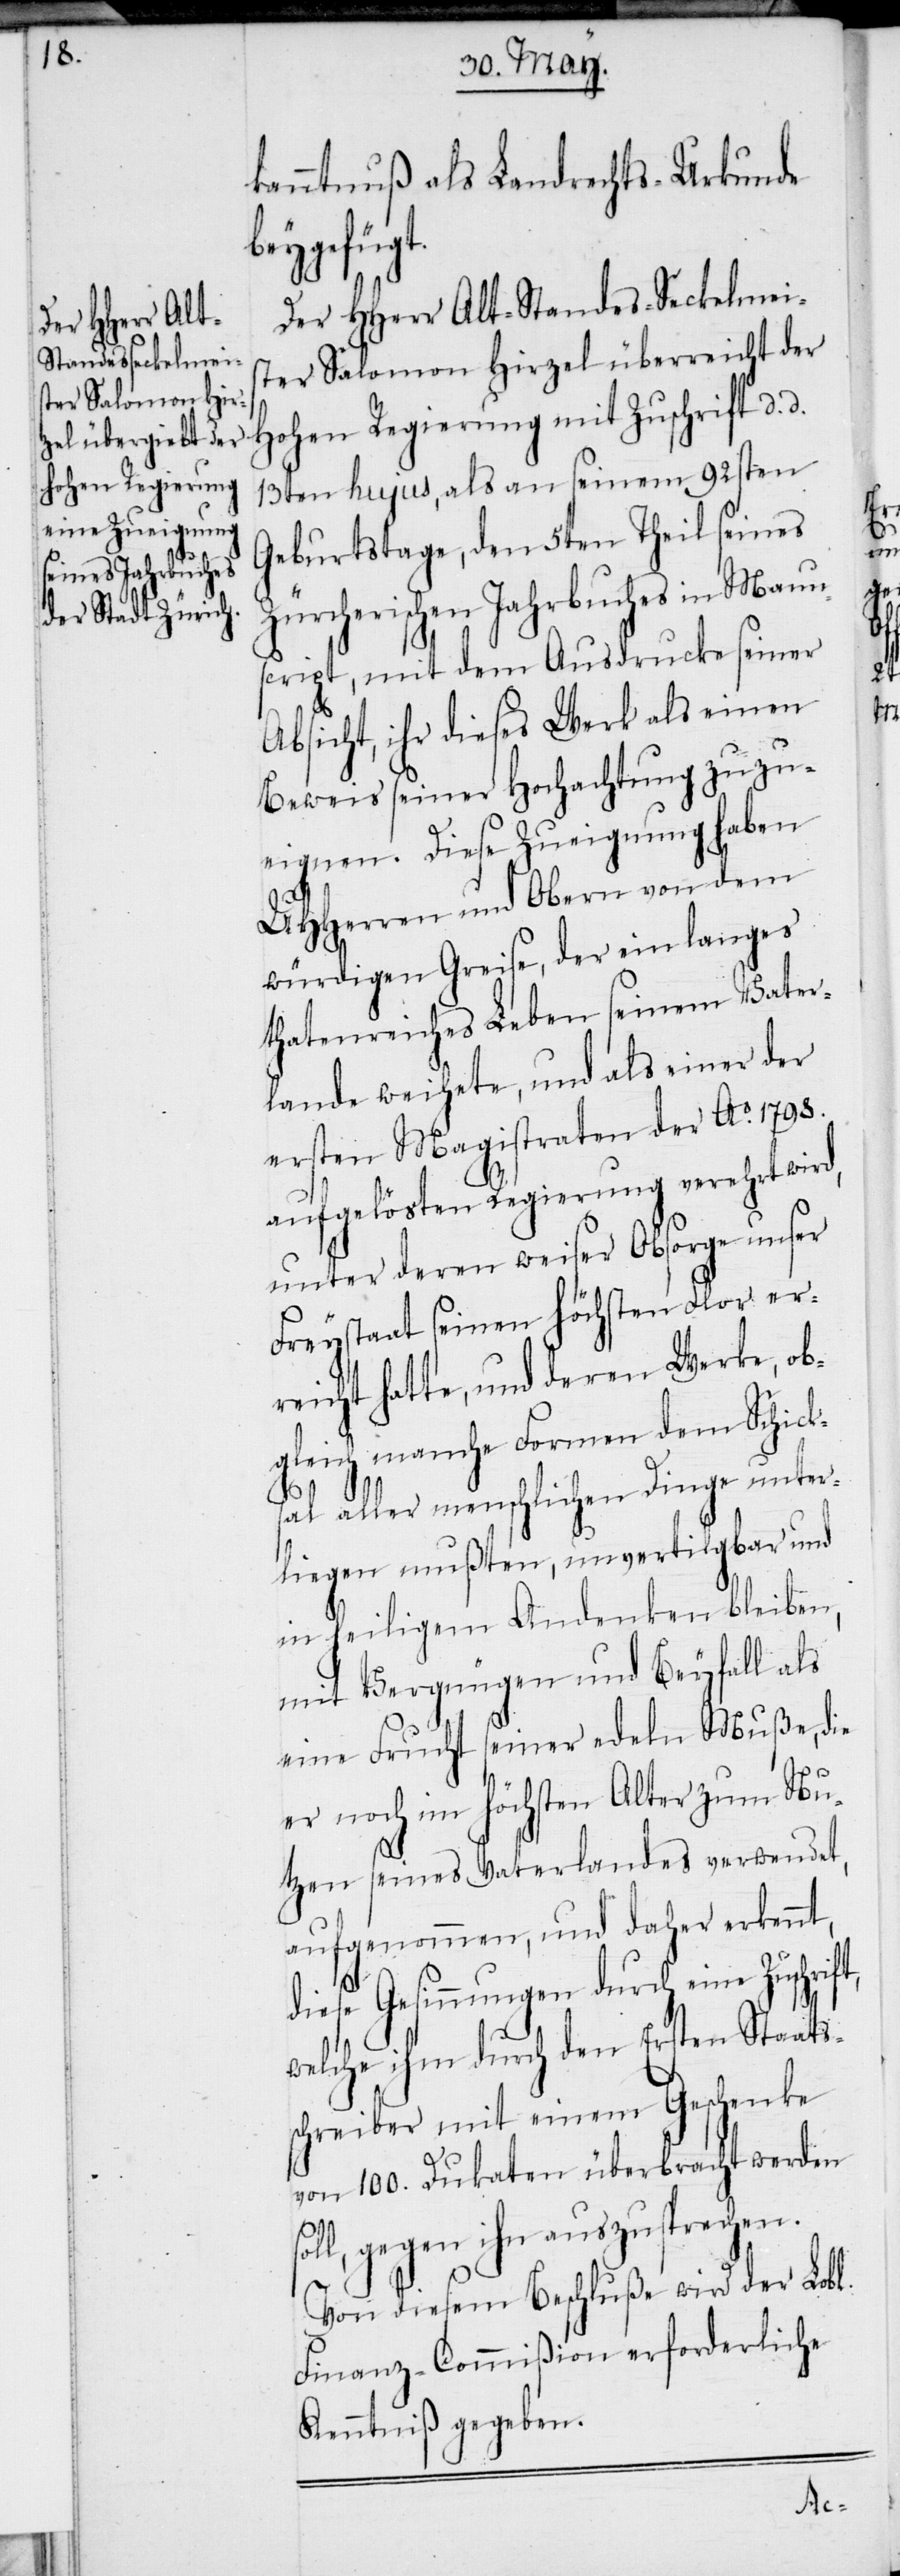
kanntnuß als Landrechts-Urkunde
beygefügt.
Der HHerr Alt-Standes-Seckelmei¬
ster Salomon Hirzel überreicht der
Hohen Regierung mit Zuschrift d.
13ten hujus, als an seinem 92sten
Geburtstage, den 5ten Theil seines
Zürcherischen Jahrbuches in Manu¬
script, mit dem Ausdrucke seiner
Absicht, ihr dieses Werk als einen
Beweis seiner Hochachtung zuzu¬
eignen. Diese Zueignung haben
UHHerren und Obern von dem
würdigen Greise, der ein langes
thatenreiches Leben seinem Vater¬
lande weihete, und als einer der
ersten Magistraten der Ao. 1798.
aufgelösten Regierung verehrt wird,
unter deren weiser Obsorge unser
Freystaat seinen höchsten Flor err¬
eicht hatte, und deren Werke, ob¬
gleich manche Formen dem Schicks¬
al aller menschlichen Dinge unter¬
liegen mußten, unvertilgbar und
in heiligem Andenken bleiben,
mit Vergnügen und Beyfall als
eine Frucht seiner edeln Muße, die
er noch im höchsten Alter zum Nu¬
t,
tzen seines Vaterlandes verwendet,
aufgenommen, und daher erkennt,
diese Gesinnungen durch eine Zuschrif¬
welche ihm durch den Ersten Staats¬
schreiber mit einem Geschenke
von 100. Dukaten überbracht werden
l, gegen ihn auszusprechen.
Von diesem Beschluße wird der Lobl.
Finanz-Commißion erforderliche
Kenntniß gegeben.
sol¬